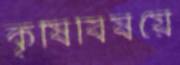
কৃষিবিষয়ে